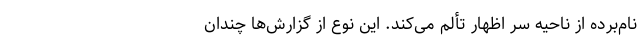
نام‌برده از ناحیه سر اظهار تألم می‌کند. این نوع از گزارش‌ها چندان